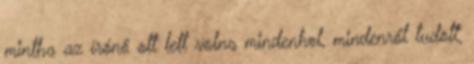
mintha az írónő ott lett volna mindenhol, mindenről tudott,